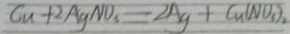
G u + 2 A g N O _ { 3 } = 2 A g + C u ( N O _ { 3 } )